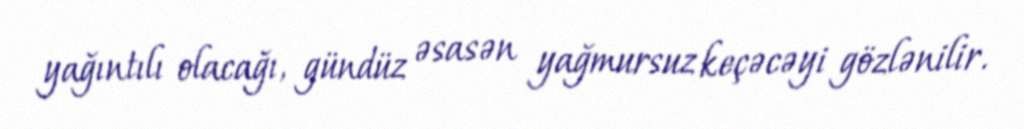
yağıntılı olacağı, gündüz əsasən yağmursuz keçəcəyi gözlənilir.